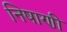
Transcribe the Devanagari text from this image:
निषाणी